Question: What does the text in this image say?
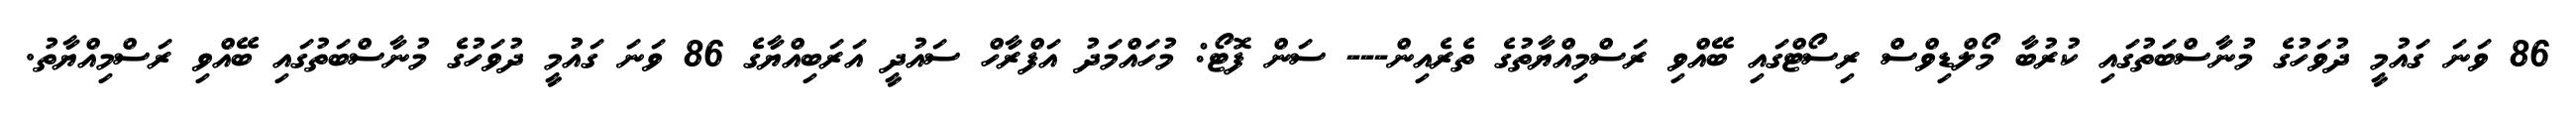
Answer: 86 ވަނަ ގައުމީ ދުވަހުގެ މުނާސްބަތުގައި ކުރުބާ މޯލްޑިވްސް ރިސޯޓްގައި ބޭއްވި ރަސްމިއްޔާތުގެ ތެރެއިން--- ސަން ފޮޓޯ: މުހައްމަދު އަފްރާހް ސައުދީ އަރަބިއްޔާގެ 86 ވަނަ ގައުމީ ދުވަހުގެ މުނާސްބަތުގައި ބޭއްވި ރަސްމިއްޔާތު.